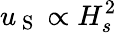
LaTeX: u_{\mathrm{~S~}}\propto H_{s}^{2}